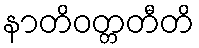
နာတိဝတ္တတီတိ